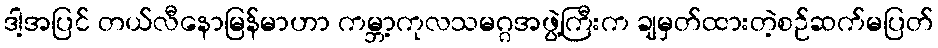
ဒါ့အပြင် တယ်လီနောမြန်မာဟာ ကမ္ဘာ့ကုလသမဂ္ဂအဖွဲ့ကြီးက ချမှတ်ထားတဲ့စဉ်ဆက်မပြတ်